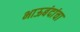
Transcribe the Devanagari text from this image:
भाऊबंदांचा